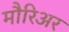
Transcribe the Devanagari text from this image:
मौरिअर